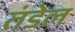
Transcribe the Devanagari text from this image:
तंडेल